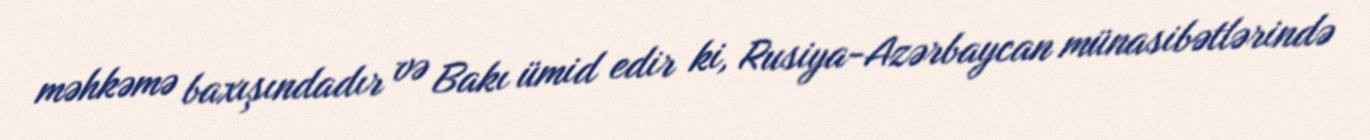
məhkəmə baxışındadır və Bakı ümid edir ki, Rusiya-Azərbaycan münasibətlərində